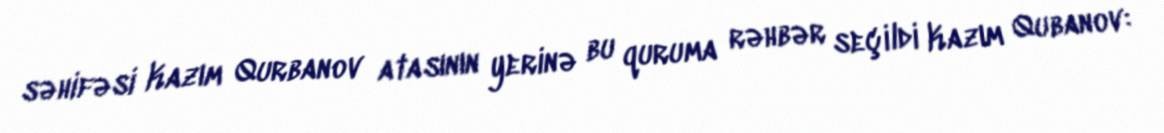
səhifəsi Kazım Qurbanov atasının yerinə bu quruma rəhbər seçildi Kazım Qubanov: